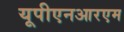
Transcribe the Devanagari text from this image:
यूपीएनआरएम